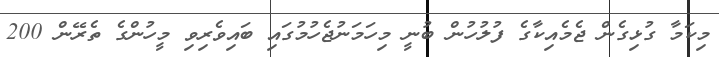
މިކަމާ ގުޅިގެން ޖެމެއިކާގެ ފުލުހުން ބުނީ މިހަމަނުޖެހުމުގައި ބައިވެރިވި މީހުންގެ ތެރޭން 200